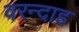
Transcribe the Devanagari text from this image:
वरन्दाह